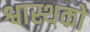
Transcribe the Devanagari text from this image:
श्वास्थको